Vaccination Hyderabad 1890-1903 - 1890-1903
Year: 1890
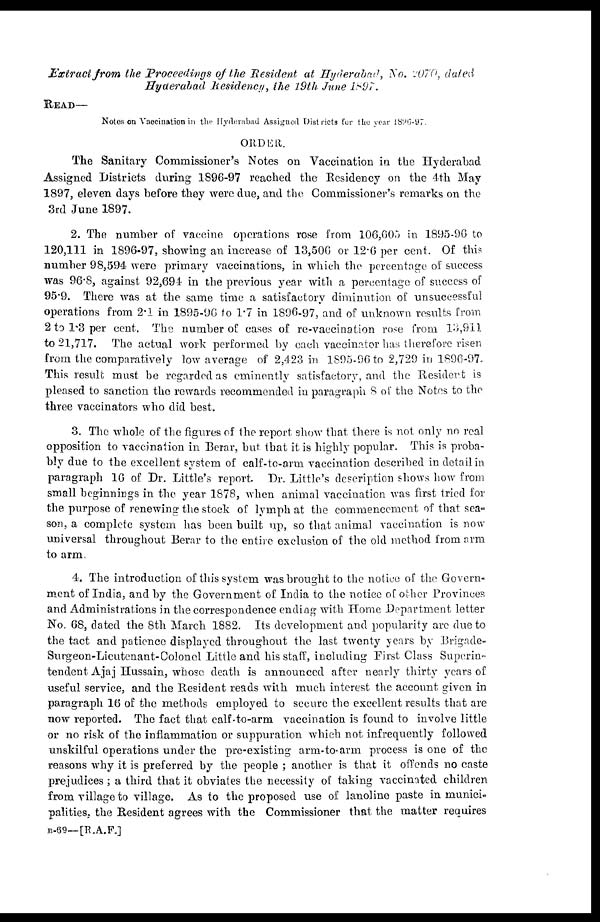
Extract from the Proceedings of the Resident at Hyderabad, No. 2070, dated
Hyderabad Residency, the 19th June 1897.
READ—
Notes on Vaccination in the Hyderabad Assigned Districts for the year 1896-97.
ORDER.
The Sanitary Commissioner's Notes on Vaccination in the Hyderabad
Assigned Districts during 1896-97 reached the Residency on the 4th May
1897, eleven days before they were due, and the Commissioner's remarks on the
3rd June 1897.
2. The number of vaccine operations rose from 106,605 in 1895-96 to
120,111 in 1896-97, showing an increase of 13,506 or 12.6 per cent. Of this
number 98,594 were primary vaccinations, in which the percentage of success
was 96.8, against 92,694 in the previous year with a percentage of success of
95.9. There was at the same time a satisfactory diminution of unsuccessful
operations from 2.1 in 1895-96 to 1.7 in 1896-97, and of unknown results from
2 to 1.3 per cent. The number of cases of re-vaccination rose from 13,911
to 21,717. The actual work performed by each vaccinator has therefore risen
from the comparatively low average of 2,423 in 1895-96 to 2,729 in 1896-97.
This result must be regarded as eminently satisfactory, and the Resident is
pleased to sanction the rewards recommended in paragraph 8 of the Notes to the
three vaccinators who did best.
3. The whole of the figures of the report show that there is not only no real
opposition to vaccination in Berar, but that it is highly popular. This is proba-
bly due to the excellent system of calf-to-arm vaccination described in detail in
paragraph 16 of Dr. Little's report Dr. Little's description shows how from
small beginnings in the year 1878, when animal vaccination was first tried for
the purpose of renewing the stock of lymph at the commencement of that sea-
son, a complete system has been built up, so that animal vaccination is now
universal throughout Berar to the entire exclusion of the old method from arm
to arm.
4. The introduction of this system was brought to the notice of the Govern-
ment of India, and by the Government of India to the notice of other Provinces
and Administrations in the correspondence ending with Home Department letter
No. 68, dated the 8th March 1882. Its development and popularity are due to
the tact and patience displayed throughout the last twenty years by Brigade-
Surgeon-Lieutenant-Colonel Little and his staff, including First Class Superin-
tendent Ajaj Hussain, whose death is announced after nearly thirty years of
useful service, and the Resident reads with much interest the account given in
paragraph 16 of the methods employed to secure the excellent results that are
now reported. The fact that calf-to-arm vaccination is found to involve little
or no risk of the inflammation or suppuration which not infrequently followed
unskilful operations under the pre-existing arm-to-arm process is one of the
reasons why it is preferred by the people ; another is that it offends no caste
prejudices ; a third that it obviates the necessity of taking vaccinated children
from village to village. As to the proposed use of lanoline paste in munici-
palities, the Resident agrees with the Commissioner that the matter requires
B-69—[R.A.F.]